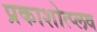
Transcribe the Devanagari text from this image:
प्रकाशोत्प्लव